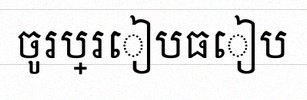
ចូរប្រៀបធៀប